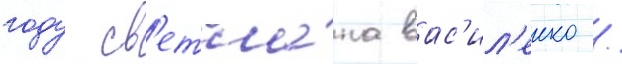
году св'етла́на вас'ил'енко /